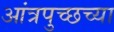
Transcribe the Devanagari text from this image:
आंत्रपुच्छच्या